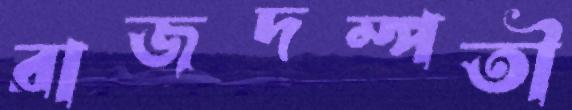
রাজদম্পতী